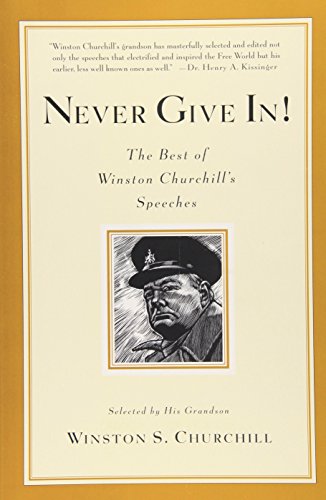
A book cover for Never Give In! The Best of Winston Churchill's Speeches; Winston Churchill; Reference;